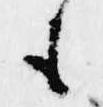
も